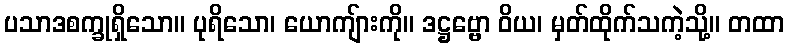
ပသာဒစက္ခုရှိသော။ ပုရိသော၊ ယောကျ်ားကို။ ဒဋ္ဌဗ္ဗော ဝိယ၊ မှတ်ထိုက်သကဲ့သို့။ တထာ